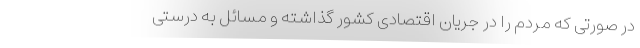
در صورتی که مردم را در جریان اقتصادی کشور گذاشته و مسائل به درستی